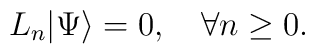
L_n|\Psi\rangle=0, \quad\forall n\ge0.